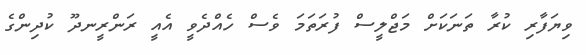
ވިޔަފާރި ކުރާ ތަނަކަށް މަޖްލީސް ފުރަތަމަ ވެސް ހެއްދެވީ އެއީ ރަންރީނދޫ ކުދިންގެ